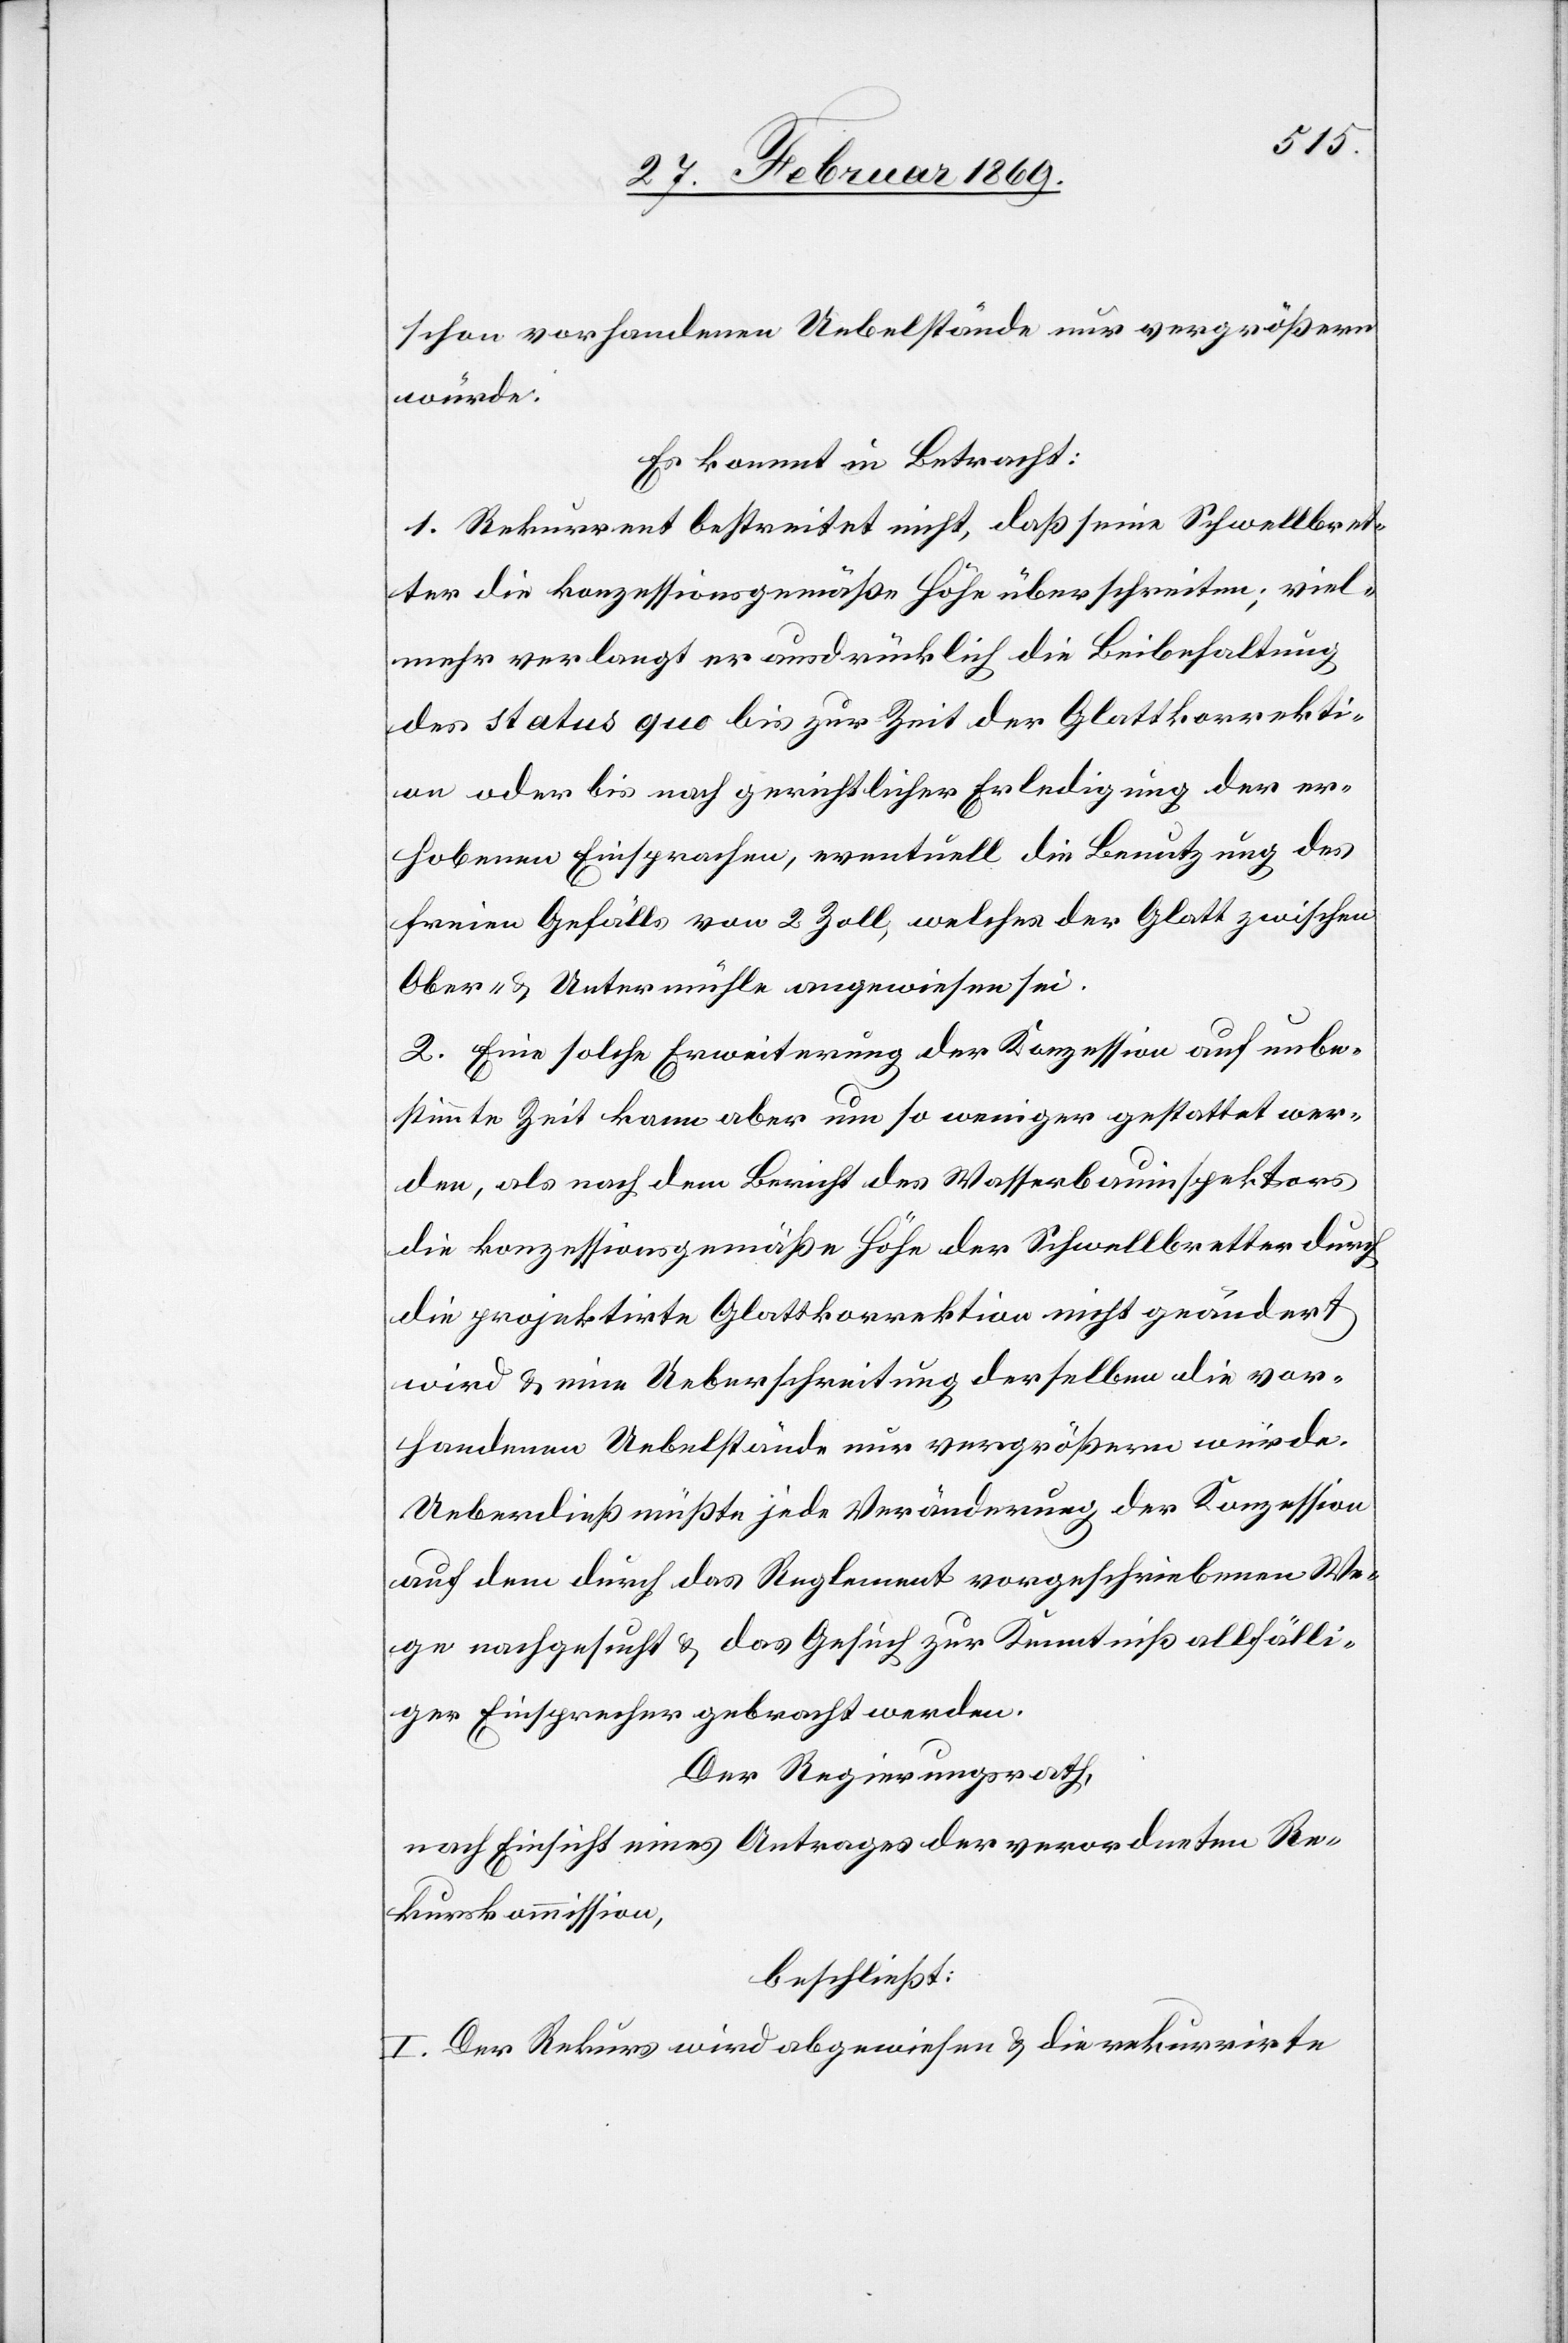
schon vorhandenen Uebelstände nur vergrößern
würde.
Es kommt in Betracht:
1. Rekurrent bestreitet nicht, daß seine Schwellbret¬
ter die konzessionsgemäße Höhe überschreiten, viel¬
mehr verlangt er ausdrücklich die Beibehaltung
des status quo bis zur Zeit der Glattkorrekti¬
on oder bis nach gerichtlicher Erledigung der er¬
hobenen Einsprachen, eventuell die Benutzung des
freien Gefälls von 2 Zoll, welches der Glatt zwischen
Ober- & Untermühle angewiesen sei.
2. Eine solche Erweiterung der Konzession auf unbe¬
stimmte Zeit kann aber um so weniger gestattet wer¬
den, als nach dem Bericht des Wasserbauinspektors
die konzessionsmäße Höhe der Schwellbretter durch
die projektirte Glattkorrektion nicht geändert
wird u. eine Ueberschreitung derselben die vor¬
handenen Uebelstände nur vergrößern würde.
Ueberdieß müßte jede Veränderung der Konzession
auf dem durch das Reglement vorgeschriebenen We¬
ge nachgesucht & das Gesuch zur Kenntniß allfälli¬
ger Einsprachen gebracht werden.
Der Regierungsrath,
nach Einsicht eines Antrages der verordneten Re¬
kurskommission,
beschließt:
I. Der Rekurs wird abgewiesen & die rekurrirte